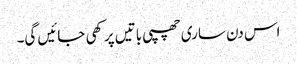
اس دن ساری چھپی باتیں پرکھی جائیں گی۔